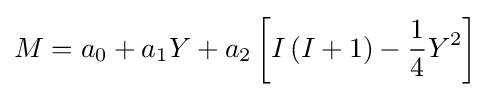
M=a_{0}+a_{1}Y+a_{2}\left[I\left(I+1\right)-{\frac {1}{4}}Y^{2}\right]